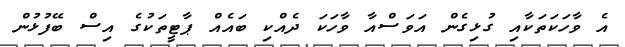
އެ ވާހަކަތަކާއި ގުޅިގެން އަވަސްއާ ވާހަކަ ދެއްކި ބައެއް ޕާޓީތަކުގެ އިސް ބޭފުޅުން